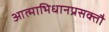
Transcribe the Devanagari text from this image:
आत्माभिधानप्रसक्तौ